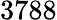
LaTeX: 3788